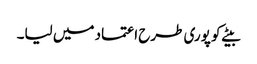
بیٹے کو پوری طرح اعتماد میں لیا۔